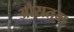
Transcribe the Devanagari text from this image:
औसतम